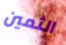
الثمين